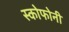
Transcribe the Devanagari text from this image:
स्कोफोनी